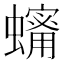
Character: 𧒫